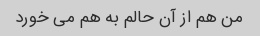
من هم از آن حالم به هم می خورد